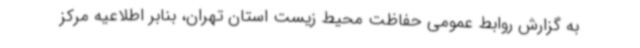
به گزارش روابط عمومی حفاظت محیط زیست استان تهران، بنابر اطلاعیه مرکز